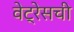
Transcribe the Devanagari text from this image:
वेट्रेसची